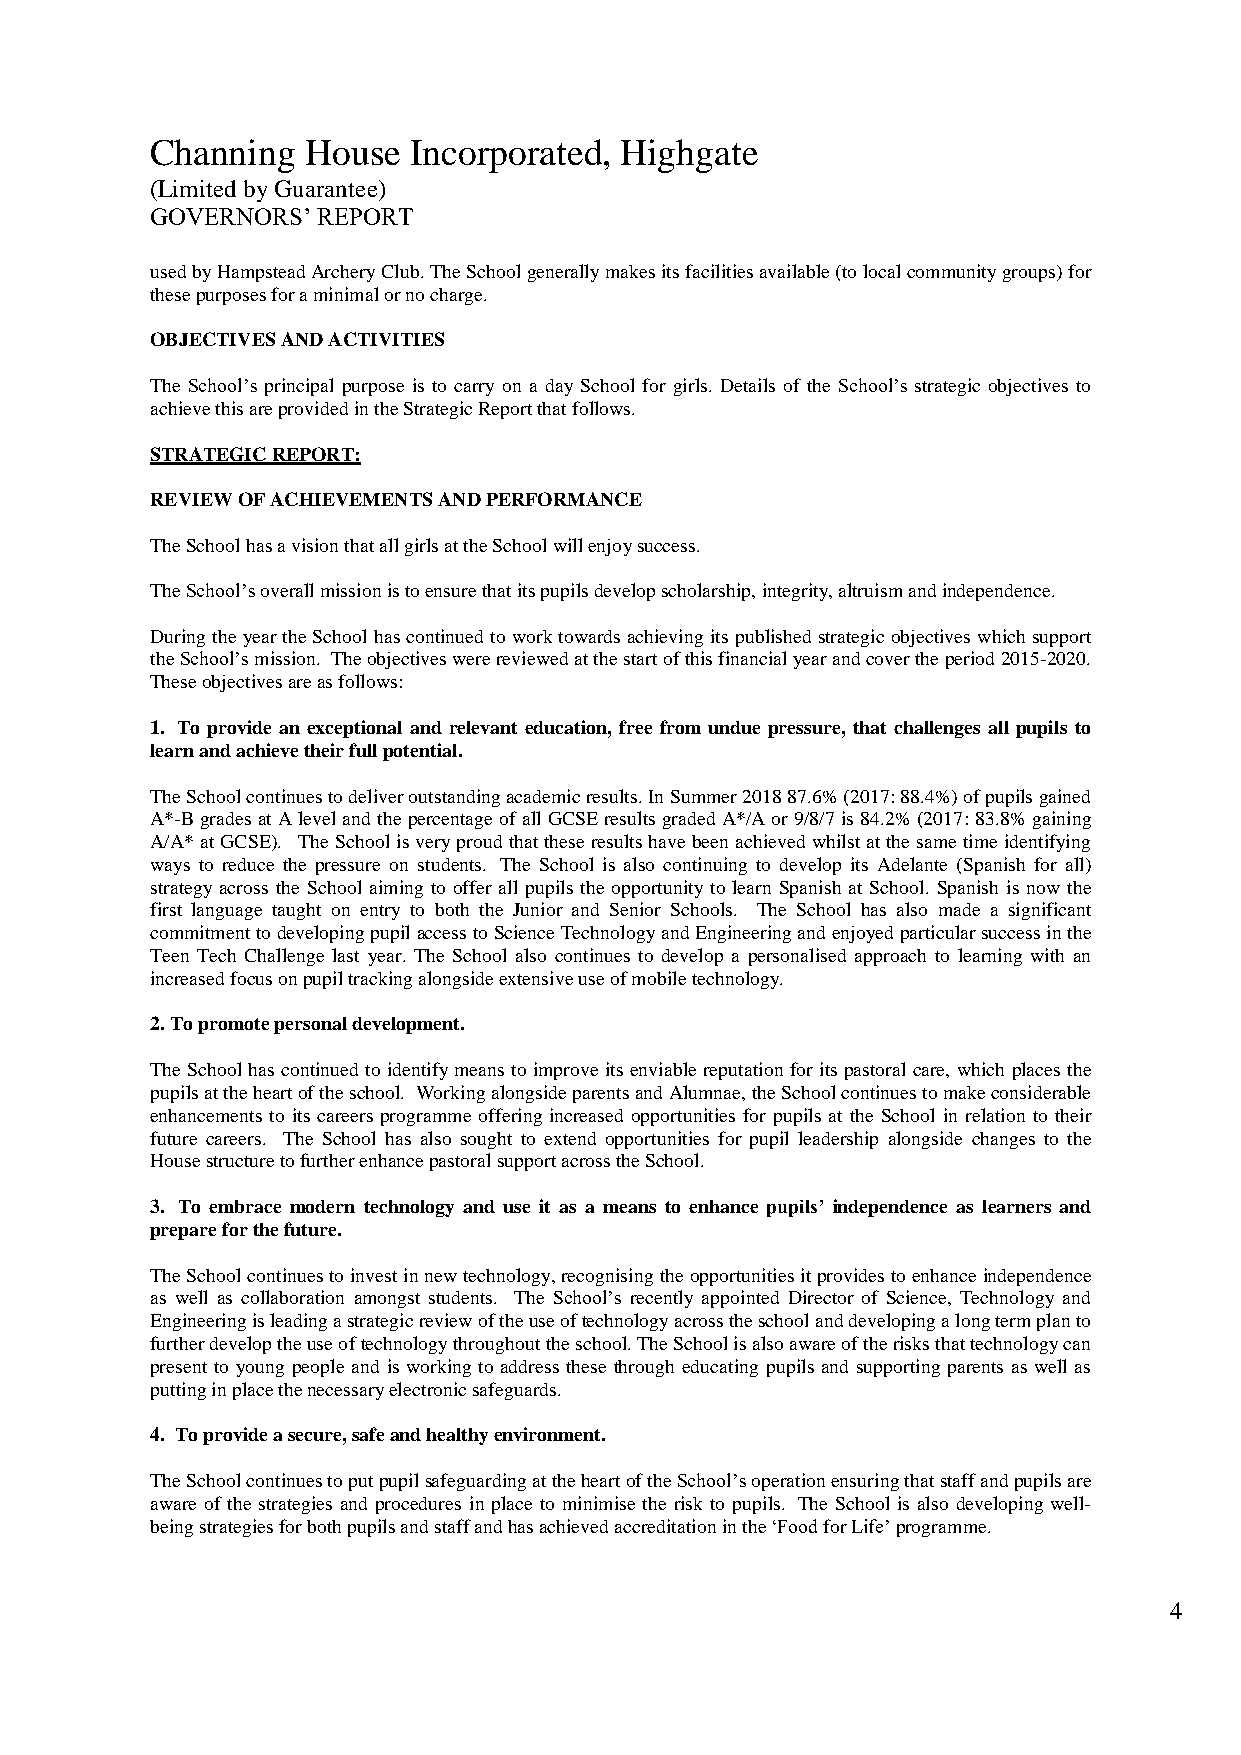
Channing  House  Incorporated, Highgate
 (Limited by Guarantee)
 GOVERNORS’ REPORT
 used by Hampstead Archery Club. The School generally makes its facilities available (to local community groups) for
 these purposes for a minimal or no charge.
 OBJECTIVES AND ACTIVITIES
 The School’s principal purpose is to carry on a day School for girls. Details of the School’s strategic objectives to
 achieve this are provided in the Strategic Report that follows.
 STRATEGIC REPORT:
 REVIEW OF ACHIEVEMENTS AND PERFORMANCE
 The School has a vision that all girls at the School will enjoy success.
 The School’s overall mission is to ensure that its pupils develop scholarship, integrity, altruism and independence.
 During the year the School has continued to work towards achieving its published strategic objectives which support
 the School’s mission. The objectives were reviewed at the start of this financial year and cover the period 2015-2020.
 These objectives are as follows:
 1. To provide an exceptional and relevant education, free from undue pressure, that challenges all pupils to
 learn and achieve their full potential.
 The School continues to deliver outstanding academic results. In Summer 2018 87.6% (2017: 88.4%) of pupils gained
 A*-B grades at A level and the percentage of all GCSE results graded A*/A or 9/8/7 is 84.2% (2017: 83.8% gaining
 A/A* at GCSE). The School is very proud that these results have been achieved whilst at the same time identifying
 ways to reduce the pressure on students. The School is also continuing to develop its Adelante (Spanish for all)
 strategy across the School aiming to offer all pupils the opportunity to learn Spanish at School. Spanish is now the
 first language taught on entry to both the Junior and Senior Schools. The School has also made a significant
 commitment to developing pupil access to Science Technology and Engineering and enjoyed particular success in the
 Teen Tech Challenge last year. The School also continues to develop a personalised approach to learning with an
 increased focus on pupil tracking alongside extensive use of mobile technology.
 2. To promote personal development.
 The School has continued to identify means to improve its enviable reputation for its pastoral care, which places the
 pupils at the heart of the school. Working alongside parents and Alumnae, the School continues to make considerable
 enhancements to its careers programme offering increased opportunities for pupils at the School in relation to their
 future careers. The School has also sought to extend opportunities for pupil leadership alongside changes to the
 House structure to further enhance pastoral support across the School.
 3. To embrace modern technology and use it as a means to enhance pupils’ independence as learners and
 prepare for the future.
 The School continues to invest in new technology, recognising the opportunities it provides to enhance independence
 as well as collaboration amongst students. The School’s recently appointed Director of Science, Technology and
 Engineering is leading a strategic review of the use of technology across the school and developing a long term plan to
 further develop the use of technology throughout the school. The School is also aware of the risks that technology can
 present to young people and is working to address these through educating pupils and supporting parents as well as
 putting in place the necessary electronic safeguards.
 4. To provide a secure, safe and healthy environment.
 The School continues to put pupil safeguarding at the heart of the School’s operation ensuring that staff and pupils are
 aware of the strategies and procedures in place to minimise the risk to pupils. The School is also developing well-
 being strategies for both pupils and staff and has achieved accreditation in the ‘Food for Life’ programme.
 4